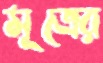
মূত্রের